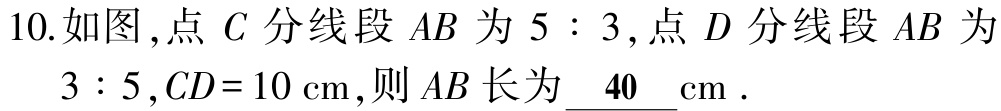
10.如图,点 \(C\) 分线段 \(AB\) 为 \(5:3\),点 \(D\) 分线段 \(AB\) 为 \(3:5\),\(CD = 10\mathrm{cm}\),则 \(AB\) 长为\(\underline{40}\mathrm{cm}\).